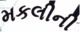
મકલીની